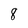
Character: 8